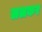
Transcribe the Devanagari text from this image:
ललकर